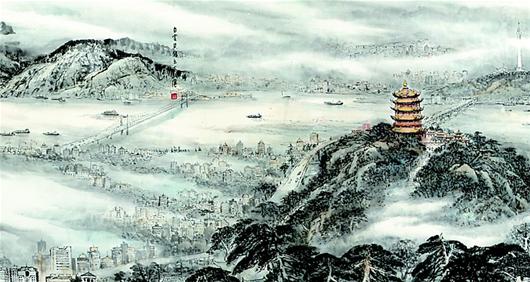
长江千里，烟淡水云阔。